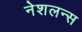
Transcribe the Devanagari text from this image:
नेशलन्स